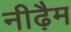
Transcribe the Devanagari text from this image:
नीढ़ैम